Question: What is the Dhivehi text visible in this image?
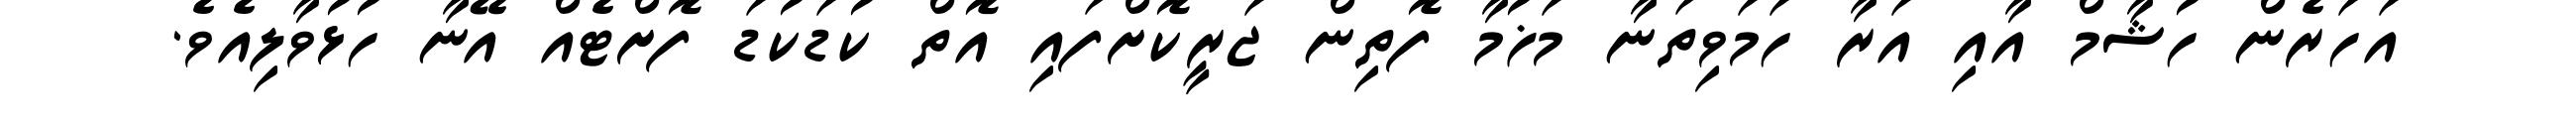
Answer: އަހަރެން ހުޝާމް އާއި އަރާ ހަމަވިތަނާ މަޚުމާ ފޮތިން ޖަރީކޮށްފައި އޮތް ކުޑަކުޑަ ފޮށްޓެއް އޭނާ ހުޅުވާލިއެވެ.